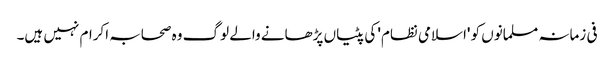
فی زمانہ مسلمانوں کو 'اسلامی نظام' کی پٹیاں پڑھانے والے لوگ وہ صحابہ اکرام نہیں ہیں۔